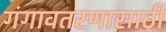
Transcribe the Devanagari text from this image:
गंगावतरणासाठी